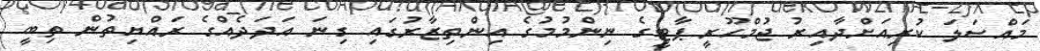
މައްސަލަ ކުރިއަށްދާއިރު ޖުމްހޫރީ ޕާޓީގެ ނިންމުމުގެ އިންތިޒާރުގައި ގިނަ އަދަދެއްގެ ރައްޔިތުން ތިބީ